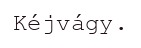
Kéjvágy.